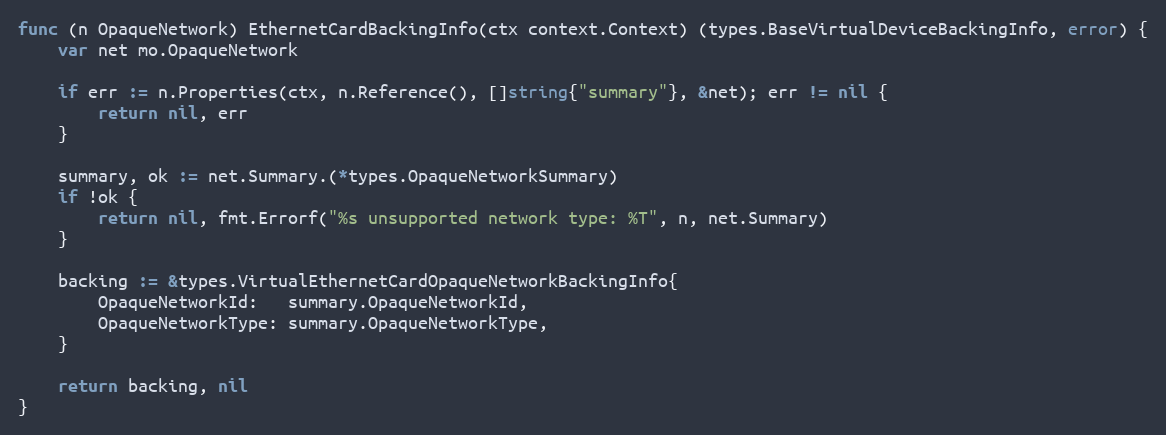
Language: Go
func (n OpaqueNetwork) EthernetCardBackingInfo(ctx context.Context) (types.BaseVirtualDeviceBackingInfo, error) {
	var net mo.OpaqueNetwork

	if err := n.Properties(ctx, n.Reference(), []string{"summary"}, &net); err != nil {
		return nil, err
	}

	summary, ok := net.Summary.(*types.OpaqueNetworkSummary)
	if !ok {
		return nil, fmt.Errorf("%s unsupported network type: %T", n, net.Summary)
	}

	backing := &types.VirtualEthernetCardOpaqueNetworkBackingInfo{
		OpaqueNetworkId:   summary.OpaqueNetworkId,
		OpaqueNetworkType: summary.OpaqueNetworkType,
	}

	return backing, nil
}